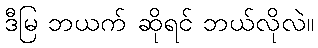
ဒီမြ ဘယက် ဆိုရင် ဘယ်လိုလဲ။